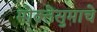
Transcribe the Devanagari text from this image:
मोक्तेसुमाचे